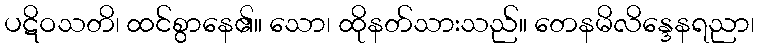
ပဋိဝသတိ၊ ထင်စွာနေ၏။ သော၊ ထိုနတ်သားသည်။ တေနမိလိန္ဒေနရညာ၊